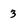
Character: 3